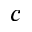
c